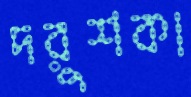
দরুশকা